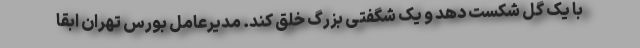
با یک گل شکست دهد و یک شگفتی بزرگ خلق کند. مدیرعامل بورس تهران ابقا